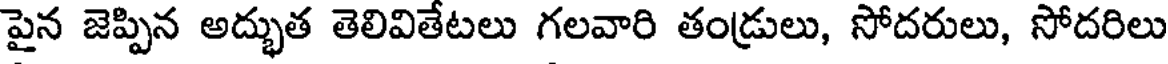
పైన జెప్పిన అద్భుత తెలివితేటలు గలవారి తండ్రులు, సోదరులు, సోదరిలు